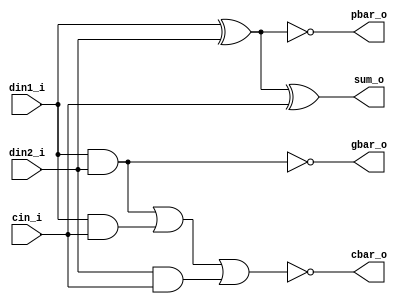
`timescale 1ns/1ps
module fa_cpg (
  din1_i,
  din2_i,
  cin_i,
  sum_o,
  gbar_o,
  pbar_o,
  cbar_o
);

input din1_i, din2_i, cin_i;
output sum_o, pbar_o, gbar_o, cbar_o;

assign sum_o = din1_i ^ din2_i ^ cin_i;
assign pbar_o = ~ (din1_i ^ din2_i);
assign gbar_o = ~ (din1_i & din2_i);
assign cbar_o = ~ ( (din1_i & din2_i) | (din1_i & cin_i) | (din2_i & cin_i) );

endmodule